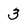
Character: 3